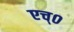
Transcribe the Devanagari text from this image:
एच्‌०